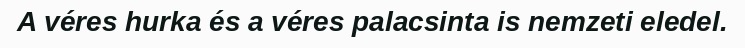
A véres hurka és a véres palacsinta is nemzeti eledel.